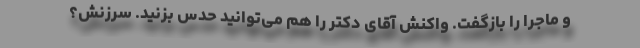
و ماجرا را بازگفت. واکنش آقای دکتر را هم می‌توانید حدس بزنید. سرزنش؟